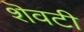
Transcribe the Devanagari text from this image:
शॆवटी